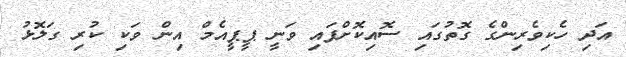
އަދި ހެކިވެރިންގެ ގޮތުގައި ސޮއިކޮށްފައި ވަނީ ޕީޕީއެމް އިން ވަކި ކުރި ގަލޮޅު